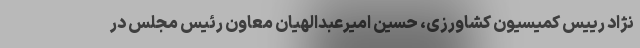
نژاد رییس کمیسیون کشاورزی، ‌حسین امیرعبدالهیان معاون رئیس مجلس در